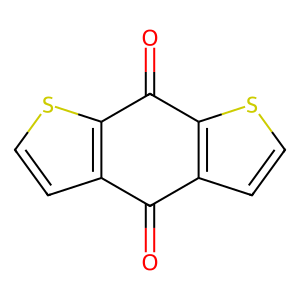
SMILES: O=C1c2ccsc2C(=O)c2sccc21
Inhibits HIV replication: No